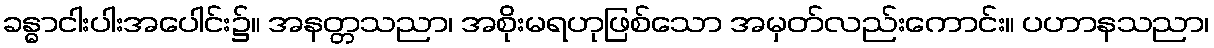
ခန္ဓာငါးပါးအပေါင်း၌။ အနတ္တသညာ၊ အစိုးမရဟုဖြစ်သော အမှတ်လည်းကောင်း။ ပဟာနသညာ၊